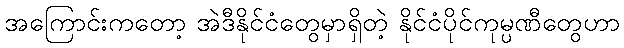
အကြောင်းကတော့ အဲဒီနိုင်ငံတွေမှာရှိတဲ့ နိုင်ငံပိုင်ကုမ္ပဏီတွေဟာ